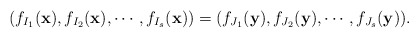
\begin{align*} (f_{I_1}(\mathbf{x}),f_{I_2}(\mathbf{x}),\cdots,f_{I_s}(\mathbf{x}))=(f_{J_1}(\mathbf{y}),f_{J_2}(\mathbf{y}),\cdots,f_{J_s}(\mathbf{y})).\end{align*}